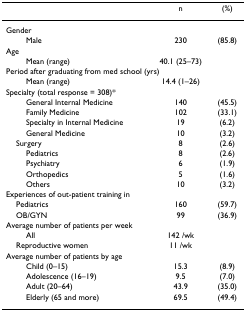
<table><thead><tr><td></td><td><b>n</b></td><td><b>(%)</b></td></tr></thead><tbody><tr><td colspan="3">Gender</td></tr><tr><td>Male</td><td>230</td><td>(85.8)</td></tr><tr><td colspan="3">Age</td></tr><tr><td>Mean (range)</td><td>40.1 (25–73)</td><td></td></tr><tr><td colspan="3">Period after graduating from med school (yrs)</td></tr><tr><td>Mean (range)</td><td>14.4 (1–26)</td><td></td></tr><tr><td colspan="3">Specialty (total response = 308)*</td></tr><tr><td>General Internal Medicine</td><td>140</td><td>(45.5)</td></tr><tr><td>Family Medicine</td><td>102</td><td>(33.1)</td></tr><tr><td>Specialty in Internal Medicine</td><td>19</td><td>(6.2)</td></tr><tr><td>General Medicine</td><td>10</td><td>(3.2)</td></tr><tr><td> Surgery</td><td>8</td><td>(2.6)</td></tr><tr><td>Pediatrics</td><td>8</td><td>(2.6)</td></tr><tr><td>Psychiatry</td><td>6</td><td>(1.9)</td></tr><tr><td>Orthopedics</td><td>5</td><td>(1.6)</td></tr><tr><td>Others</td><td>10</td><td>(3.2)</td></tr><tr><td colspan="3">Experiences of out-patient training in</td></tr><tr><td> Pediatrics</td><td>160</td><td>(59.7)</td></tr><tr><td> OB/GYN</td><td>99</td><td>(36.9)</td></tr><tr><td colspan="3">Average number of patients per week</td></tr><tr><td>All</td><td>142 /wk</td><td></td></tr><tr><td> Reproductive women</td><td>11 /wk</td><td></td></tr><tr><td colspan="3">Average number of patients by age</td></tr><tr><td>Child (0–15)</td><td>15.3</td><td>(8.9)</td></tr><tr><td>Adolescence (16–19)</td><td>9.5</td><td>(7.0)</td></tr><tr><td>Adult (20–64)</td><td>43.9</td><td>(35.0)</td></tr><tr><td>Elderly (65 and more)</td><td>69.5</td><td>(49.4)</td></tr></tbody></table>